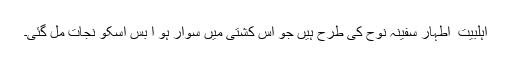
اہلبیت ؑ اطہار سفینہ نوح کی طرح ہیں جو اس کشتی میں سوار ہو ا بس اسکو نجات مل گئی۔